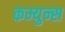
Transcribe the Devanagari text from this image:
कम्युन्स